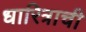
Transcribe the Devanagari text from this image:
धारित्राची